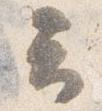
云